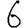
Digit: 6